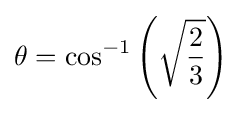
\theta =\cos ^{-1}\left({\sqrt {\frac {2}{3}}}\right)